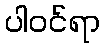
ပါဝင်ရာ